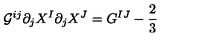
{ \cal G } ^ { i j } \partial _ { j } X ^ { I } \partial _ { j } X ^ { J } = G ^ { I J } - { \frac { 2 } { 3 } }